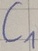
Text: C1